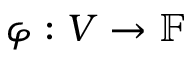
\varphi : V \to { \mathbb { F } }